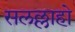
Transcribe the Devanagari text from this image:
सलल्लाहो